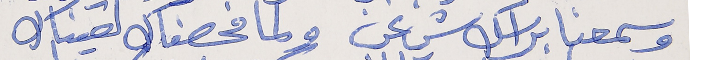
وسمعنا براسك شي عن      ولما فحصناك لقيناك